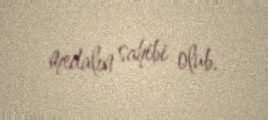
medalın sahibi olub.